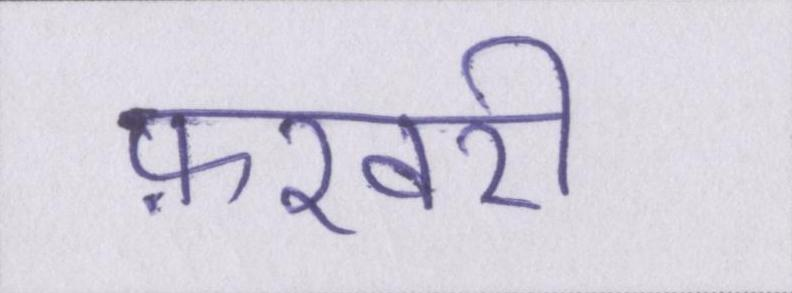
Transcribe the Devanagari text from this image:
फ़रवरी